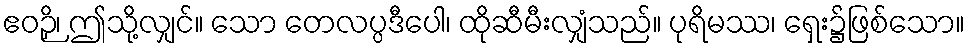
ဧဝဉှိ၊ ဤသို့လျှင်။ သော တေလပ္ပဒီပေါ၊ ထိုဆီမီးလျှံသည်။ ပုရိမဿ၊ ရှေး၌ဖြစ်သော။